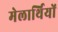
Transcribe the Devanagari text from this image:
मेलार्थियों